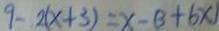
9 - 2 ( x + 3 ) = x - ( 3 + 6 x )